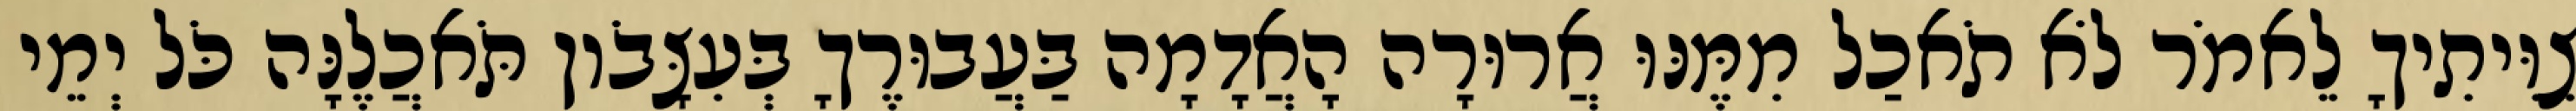
צִוִּיתִיךָ לֵאמֹר לֹא תֹאכַל מִמֶּנּוּ אֲרוּרָה הָאֲדָמָה בַּעֲבוּרֶךָ בְּעִצָּבֹון תֹּאכֲלֶנָּה כֹּל יְמֵי